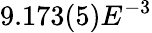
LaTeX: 9.173(5)E^{-3}